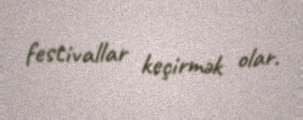
festivallar keçirmək olar.